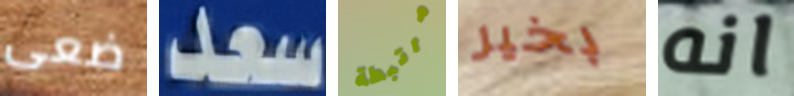
ضعى سعد مرتبطة بخير انه